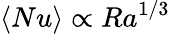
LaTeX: \langle Nu\rangle\propto Ra^{1/3}